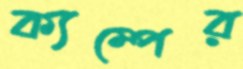
ক্যম্পের